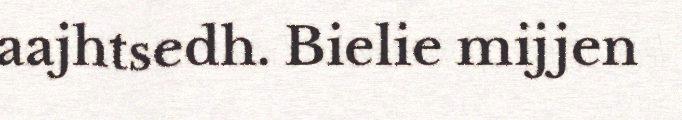
aajhtsedh. Bielie mijjen